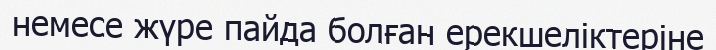
немесе жүре пайда болған ерекшеліктеріне